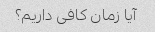
آیا زمان کافی داریم؟